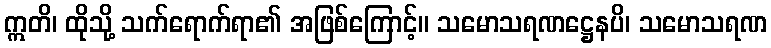
ဣတိ၊ ထိုသို့ သက်ရောက်ရာ၏ အဖြစ်ကြောင့်။ သမောသရဏဋ္ဌေနပိ၊ သမောသရဏ